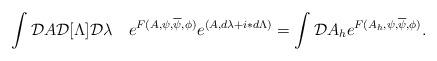
LaTeX: \begin{align*}\int {\cal D}A {\cal D}[\Lambda]{\cal D}\lambda\quad e^{F(A,\psi,\overline\psi,\phi)}e^{(A,d\lambda+i\ast d\Lambda)}= \int {\cal D}A_h e^{F(A_h,\psi,\overline\psi,\phi)}.\end{align*}